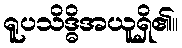
ရူပသိဒ္ဓိအယူရှိ၏။